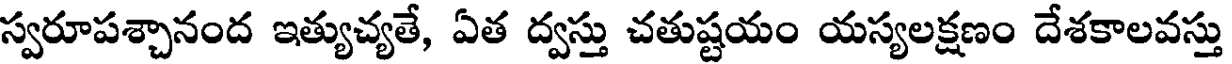
స్వరూపశ్చానంద ఇత్యుచ్యతే, ఏత ద్వస్తు చతుష్టయం యస్యలక్షణం దేశకాలవస్తు